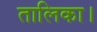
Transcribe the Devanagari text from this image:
तालिका।